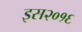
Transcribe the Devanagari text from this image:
इस२०१६